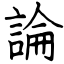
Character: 論